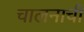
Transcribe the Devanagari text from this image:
चालनाची